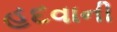
હદવાની